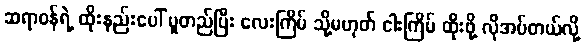
ဆရာဝန်ရဲ့ ထိုးနည်းပေါ် မူတည်ပြီး လေးကြိမ် သို့မဟုတ် ငါးကြိမ် ထိုးဖို့ လိုအပ်တယ်လို့